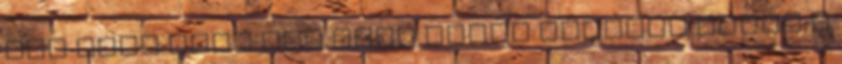
Han Solo csak egy apró vörös pontnak látta a